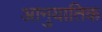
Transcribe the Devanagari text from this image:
आनुयातिक